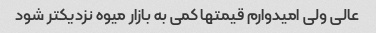
عالی ولی امیدوارم قیمتها کمی به بازار میوه نزدیکتر شود